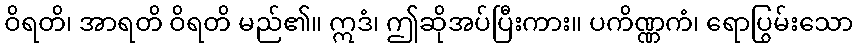
ဝိရတိ၊ အာရတိ ဝိရတိ မည်၏။ ဣဒံ၊ ဤဆိုအပ်ပြီးကား။ ပကိဏ္ဏကံ၊ ရောပြွမ်းသော